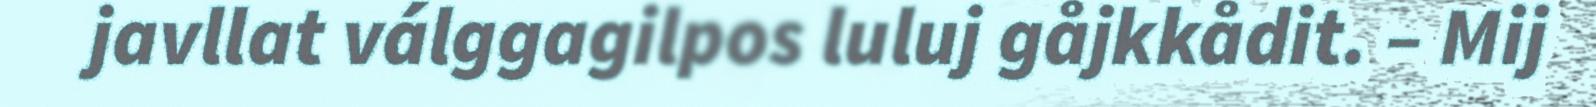
javllat válggagilpos luluj gåjkkådit. – Mij